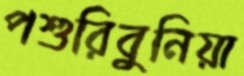
পশুরিবুনিয়া